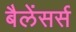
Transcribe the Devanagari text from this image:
बैलेंसर्स